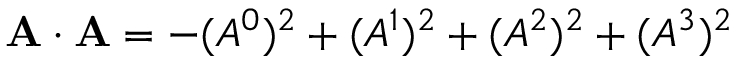
\mathbf { A \cdot A } = - ( A ^ { 0 } ) ^ { 2 } + ( A ^ { 1 } ) ^ { 2 } + ( A ^ { 2 } ) ^ { 2 } + ( A ^ { 3 } ) ^ { 2 }